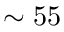
\sim 5 5